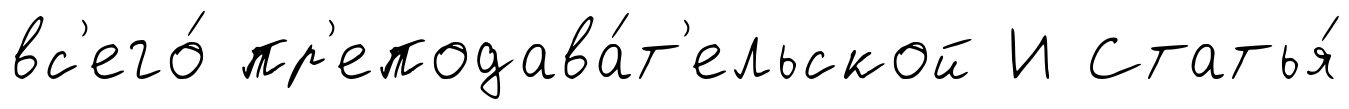
вс'его́ пр'еподава́т'ельской И Статья́